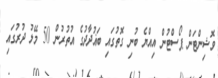
ވޮޝިންޓަން ޕޯސްޓުން އިއްޔެ ބުނި ގޮތުގައި ބަޣުދާދުގެ އުތުރުން 50 މޭލު ދުރުގައި